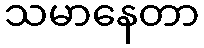
သမာနေတာ